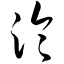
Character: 泠